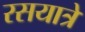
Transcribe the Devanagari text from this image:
रसयात्रे